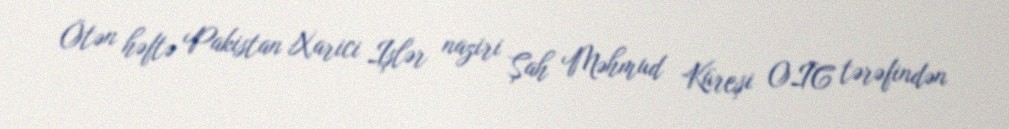
Ötən həftə Pakistan Xarici Işlər naziri Şah Məhmud Küreşi OIC tərəfindən